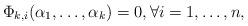
LaTeX: \begin{align*}\Phi_{k,i}(\alpha_1,\ldots,\alpha_k)=0, \forall i=1,\ldots,n,\end{align*}